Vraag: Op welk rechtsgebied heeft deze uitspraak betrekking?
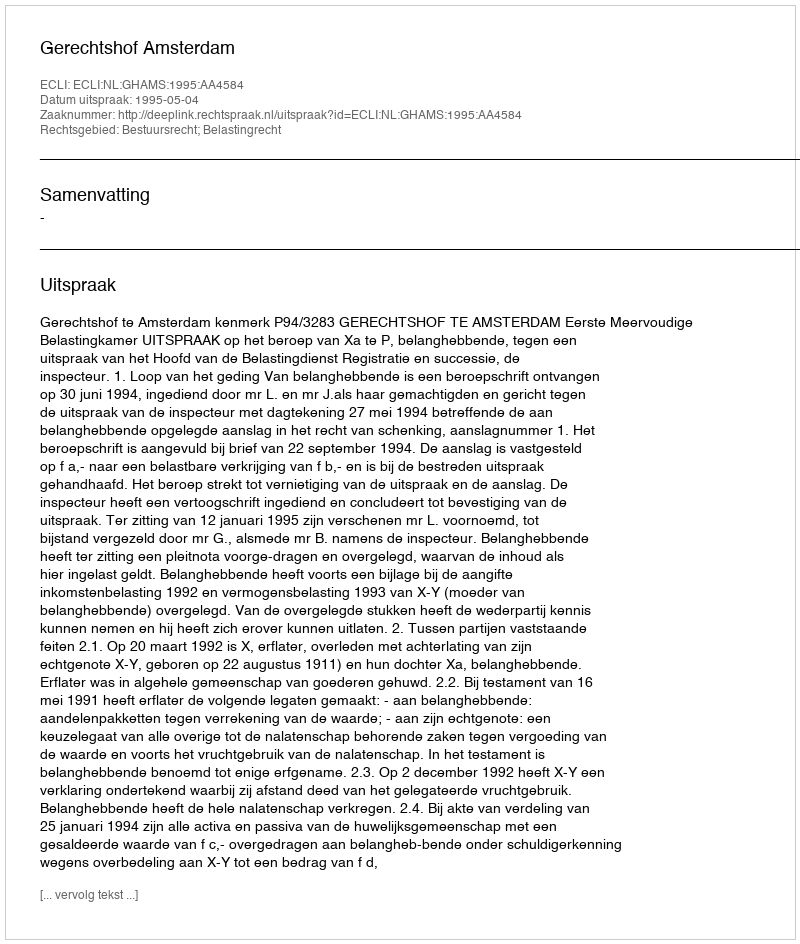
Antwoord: Bestuursrecht; Belastingrecht